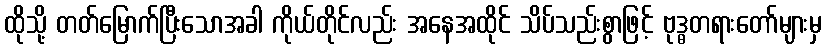
ထိုသို့ တတ်မြောက်ပြီးသောအခါ ကိုယ်တိုင်လည်း အနေအထိုင် သိပ်သည်းစွာဖြင့် ဗုဒ္ဓတရားတော်များမှ